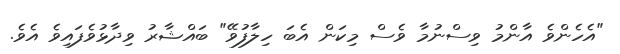
"އެހެންވެ އާންމު ވިސްނުމާ ވެސް މިކަން އެބަ ހިލާފުވޭ" ބައްޝާރު ވިދާޅުވެފައިވެ އެވެ.